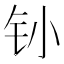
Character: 𰽛